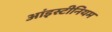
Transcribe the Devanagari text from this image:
आंइस्टीनियम